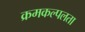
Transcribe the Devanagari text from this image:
क्रमकल्पलता